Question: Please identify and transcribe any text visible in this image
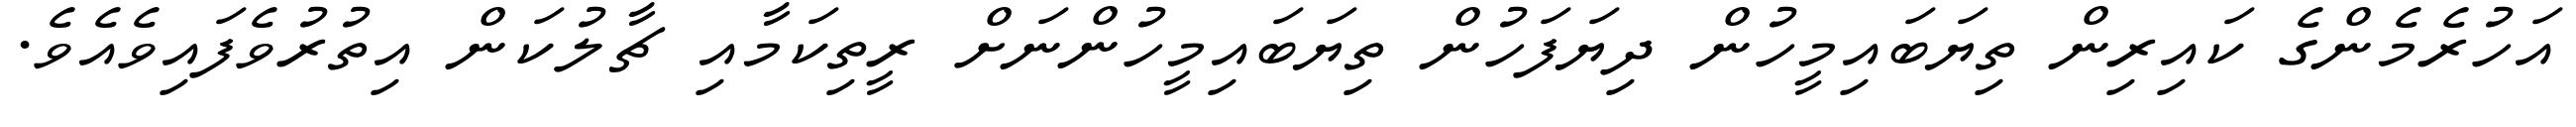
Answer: އަހުރެމެންގެ ކައިރިން ތިޔަބައިމީހުން ދިޔަފަހުން ތިޔަބައިމީހުންނަށް ރީތިކަމާއި ޗާލުކަން އިތުރުވެފައިވެއެވެ.